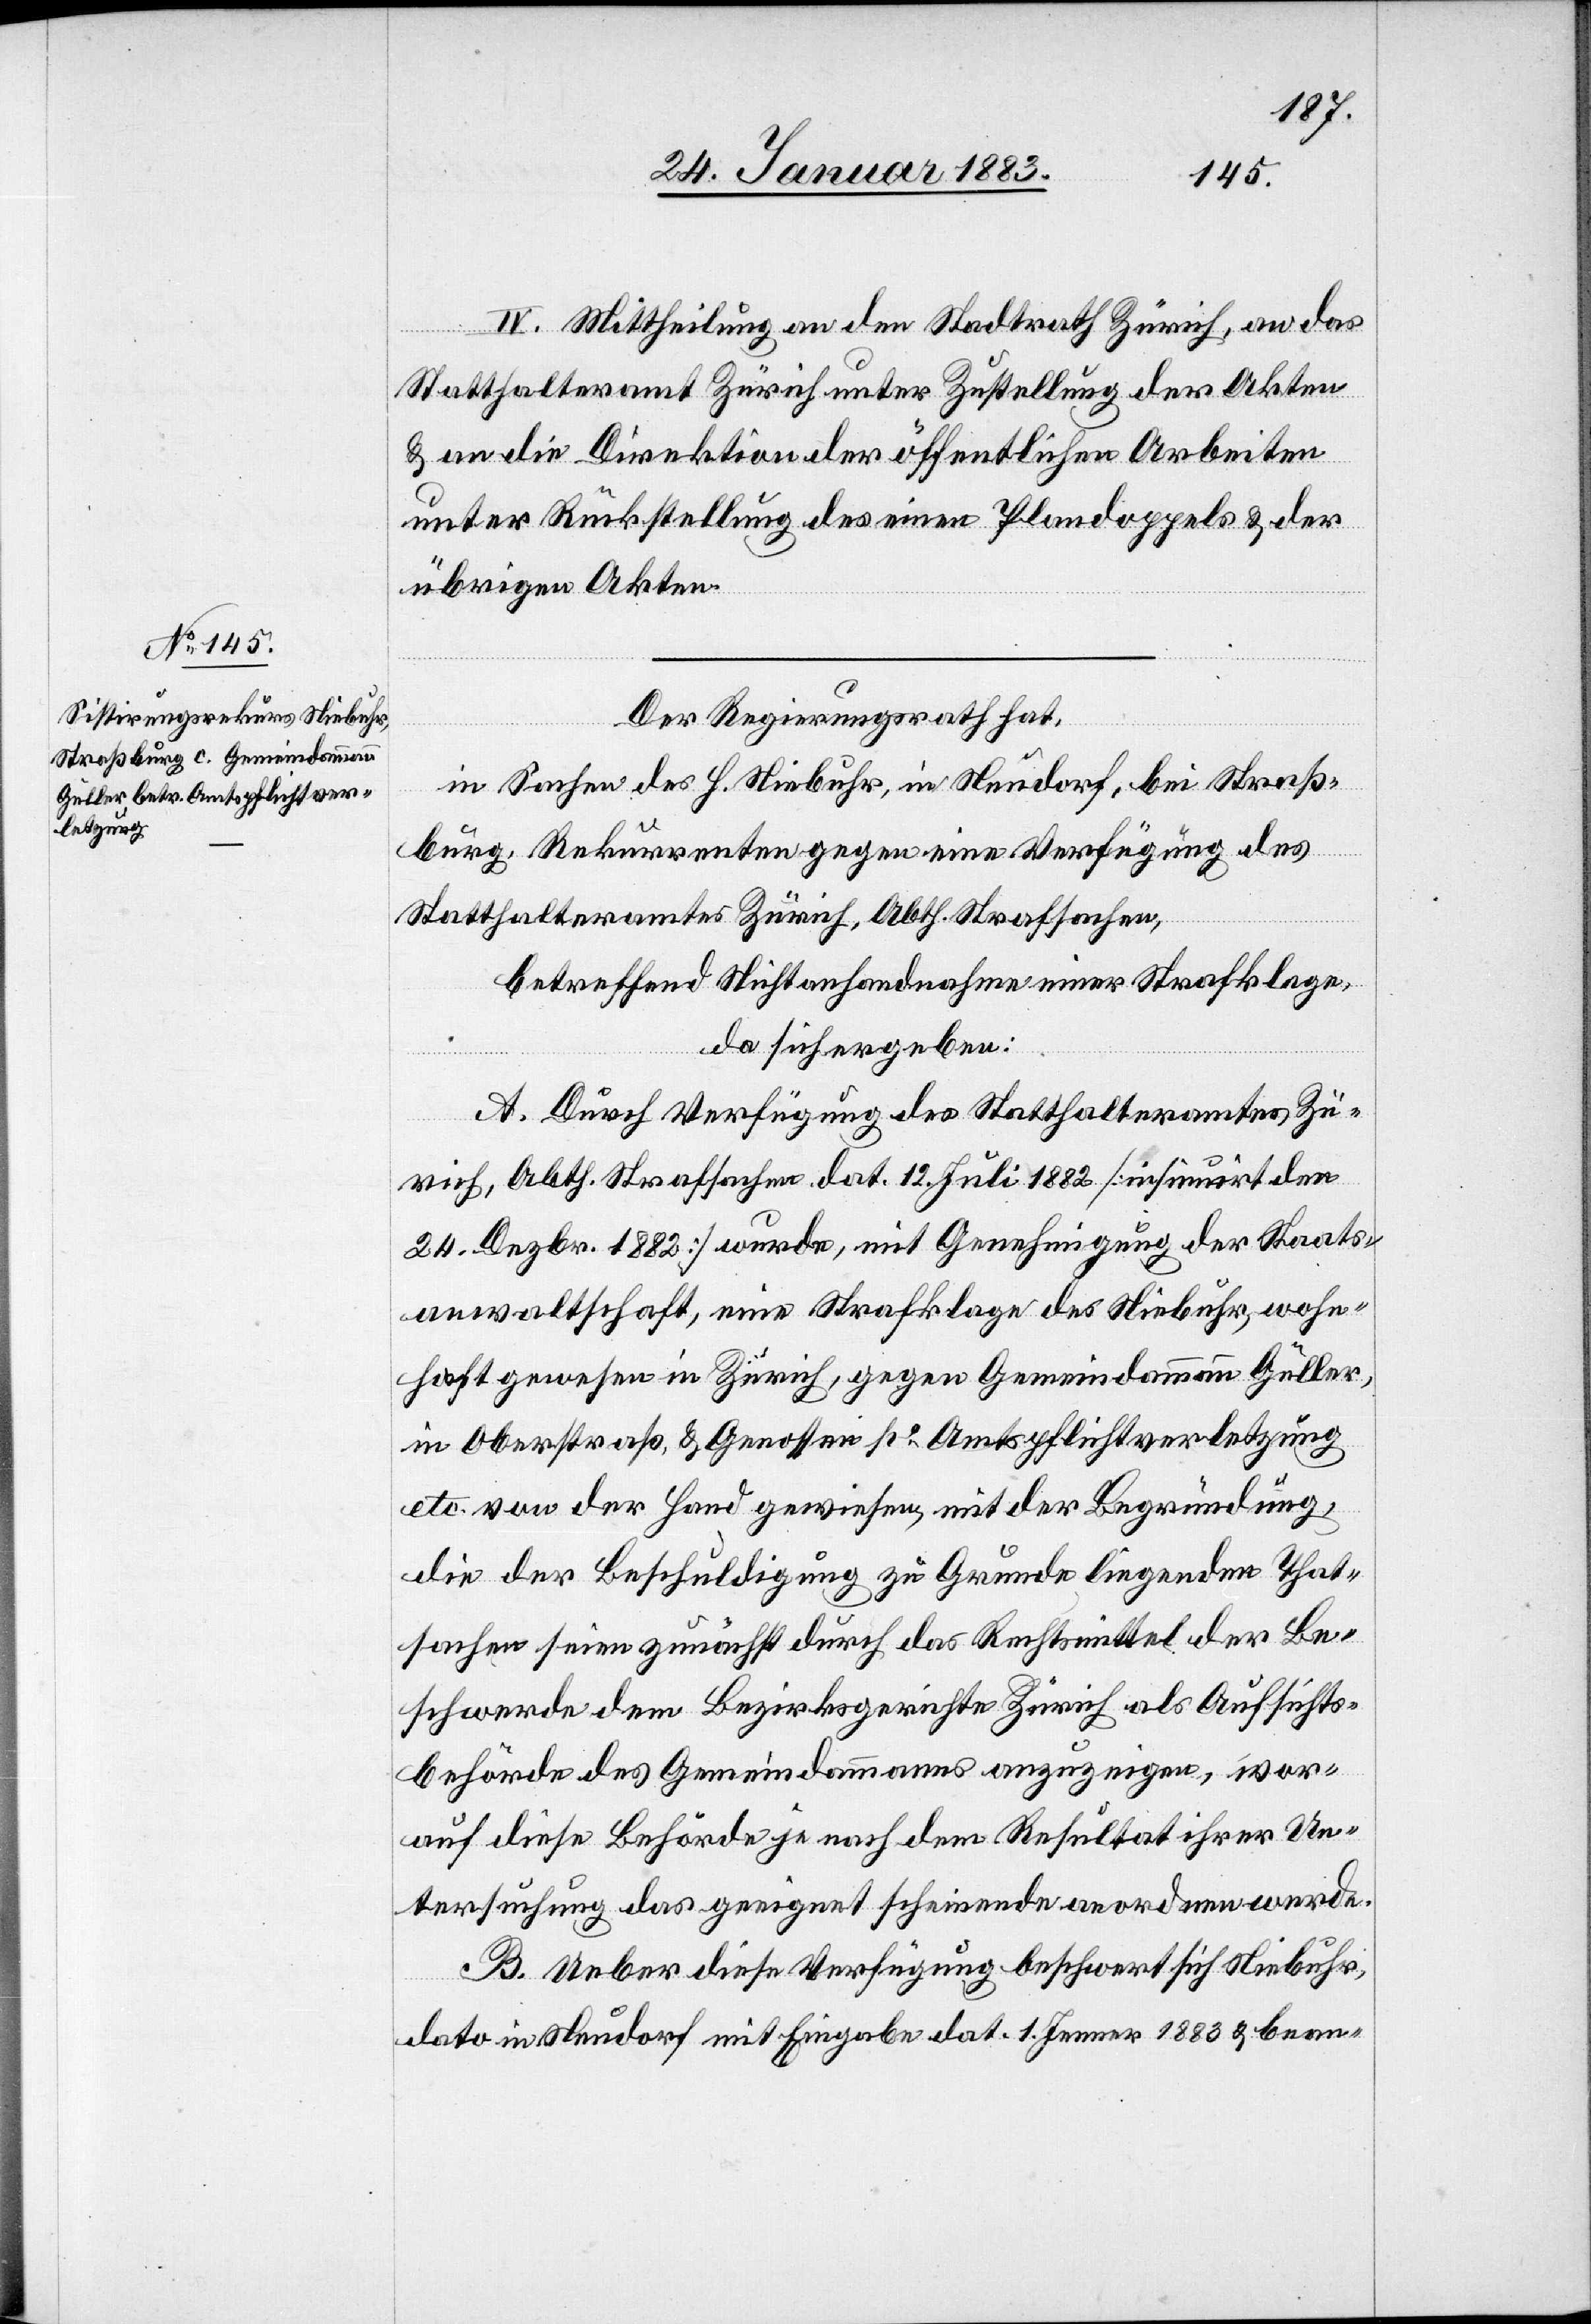
IV. Mittheilung an den Stadtrath Zürich, an das
Statthalteramt Zürich unter Zustellung der Akten
& an die Direktion der öffentlichen Arbeiten
unter Rückstellung des einen Plandoppels & der
übrigen Akten.
Der Regierungsrath hat,
in Sachen des H. Niebuhr, in Neudorf, bei Straß¬
burg, Rekurrenten gegen eine Verfügung des
Statthalteramtes Zürich, Abth. Strafsachen,
betreffend Nichtanhandnahme einer Strafklage,
da sich ergeben:
A. Durch Verfügung des Statthalteramtes Zü¬
rich, Abth. Strafsachen, dat. 12. Juli 1882 [insinuirt den
24. Dezbr. 1882] wurde, mit Genehmigung der Staats¬
anwaltschaft, eine Strafklage des Niebuhr, wohn¬
haft gewesen in Zürich, gegen Gemeindammann Güller,
in Oberstraß, & Genossen po Amtspflichtverletzung
etc. von der Hand gewiesen mit der Begründung,
die der Beschuldigung zu Grunde liegenden That¬
sachen seien zunächst durch das Rechtsmittel der Be¬
schwerde dem Bezirksgerichte Zürich als Aufsichts¬
behörde des Gemeindammanns anzuzeigen, wor¬
auf diese Behörde je nach dem Resultat ihrer Un¬
tersuchung das geeignet scheinende anordnen werde.
B. Ueber diese Verfügung beschwert sich Niebuhr,
dato in Neudorf mit Eingabe dat. 1. Jenner 1883 & bean-